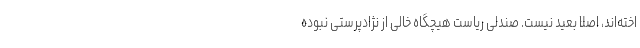
اخته‌اند، اصلا بعید نیست. صندلی ریاست هیچگاه خالی از نژادپرستی نبوده